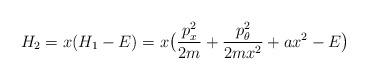
LaTeX: \begin{align*}H_2 = x(H_1 -E) = x\bigl( \frac{p^2_x}{2m}+\frac{p^2_{\theta}}{2m x^2} + ax^2- E \bigr) \end{align*}